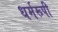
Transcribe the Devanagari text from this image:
धर्मरूपी